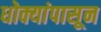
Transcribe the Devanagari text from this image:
धोक्यांपासून